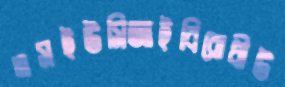
এসইউসিআইবিরোধীউ